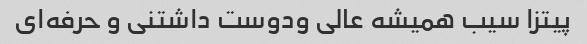
پیتزا سیب همیشه عالی ودوست داشتنی و حرفه‌ای